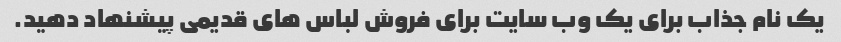
یک نام جذاب برای یک وب سایت برای فروش لباس های قدیمی پیشنهاد دهید.